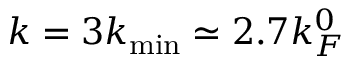
k = 3 k _ { \mathrm { m i n } } \simeq 2 . 7 k _ { F } ^ { 0 }